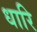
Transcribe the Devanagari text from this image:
धारि